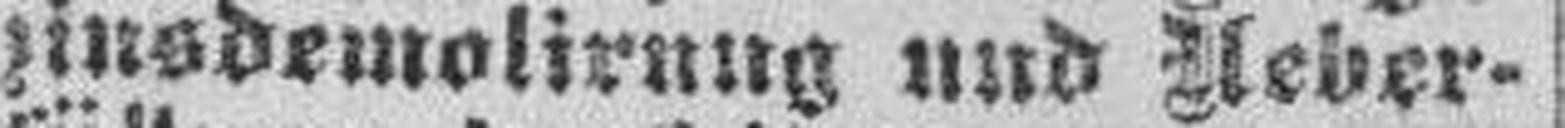
zinsdemolirung und Ueber¬